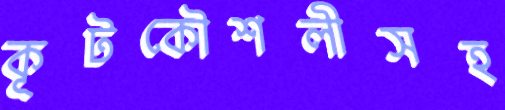
কূটকৌশলীসহ